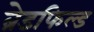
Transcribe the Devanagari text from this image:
ब्रेडफिल्ड